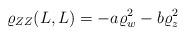
LaTeX: \begin{align*}\varrho _{ZZ}(L,L) = - a \varrho _w^2 - b \varrho _z^2\end{align*}